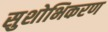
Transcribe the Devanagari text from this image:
सुशोभिकरण